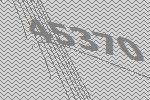
45370